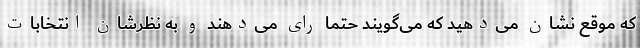
که موقع نشان می‌دهید که می‌گویند حتما رای می‌دهند و به نظرشان انتخابات